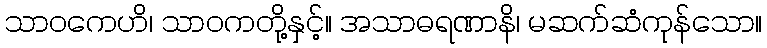
သာဝကေဟိ၊ သာဝကတို့နှင့်။ အသာဓရဏာနိ၊ မဆက်ဆံကုန်သော။